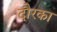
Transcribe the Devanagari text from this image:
दौरका